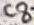
Text: C8